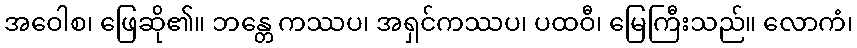
အဝေါစ၊ ဖြေဆို၏။ ဘန္တေ ကဿပ၊ အရှင်ကဿပ၊ ပထဝီ၊ မြေကြီးသည်။ လောကံ၊